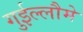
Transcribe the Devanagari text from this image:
गुईल्लौमे